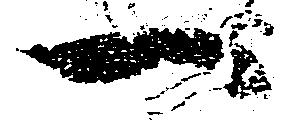
一